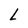
Character: L